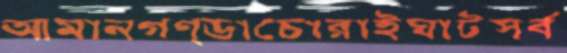
আমানগণ্ডাচোরাইঘাটসর্ব